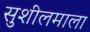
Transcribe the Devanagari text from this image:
सुशीलमाला